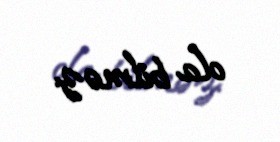
ola bilməz.